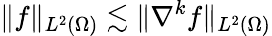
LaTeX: \lVert f\rVert_{L^{2}(\Omega)}\lesssim\lVert\nabla^{k}f\rVert_{L^{2}(\Omega)}